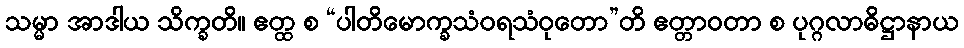
သမ္မာ အာဒါယ သိက္ခတိ။ ဧတ္ထ စ “ပါတိမောက္ခသံဝရသံဝုတော”တိ ဧတ္တာဝတာ စ ပုဂ္ဂလာဓိဋ္ဌာနာယ